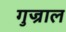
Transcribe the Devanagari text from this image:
गुज्राल